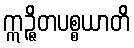
ဣဉ္ဇိတပစ္စယာတိ